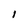
Character: l